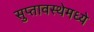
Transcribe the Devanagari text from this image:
सुप्तावस्थेमध्ये